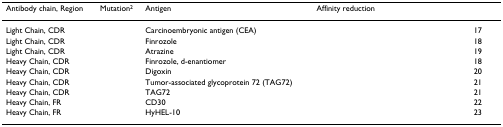
<table><thead><tr><td><b>Antibody chain, Region</b></td><td><b>Mutation<sup>2</sup></b></td><td><b>Antigen</b></td><td><b>Affinity reduction</b></td><td>[EMPTY_CELL]</td></tr></thead><tbody><tr><td>Light Chain, CDR</td><td>[EMPTY_CELL]</td><td>Carcinoembryonic antigen (CEA)</td><td>[EMPTY_CELL]</td><td>17</td></tr><tr><td>Light Chain, CDR</td><td>[EMPTY_CELL]</td><td>Finrozole</td><td>[EMPTY_CELL]</td><td>18</td></tr><tr><td>Light Chain, CDR</td><td>[EMPTY_CELL]</td><td>Atrazine</td><td>[EMPTY_CELL]</td><td>19</td></tr><tr><td>Heavy Chain, CDR</td><td>[EMPTY_CELL]</td><td>Finrozole, d-enantiomer</td><td>[EMPTY_CELL]</td><td>18</td></tr><tr><td>Heavy Chain, CDR</td><td>[EMPTY_CELL]</td><td>Digoxin</td><td>[EMPTY_CELL]</td><td>20</td></tr><tr><td>Heavy Chain, CDR</td><td>[EMPTY_CELL]</td><td>Tumor-associated glycoprotein 72 (TAG72)</td><td>[EMPTY_CELL]</td><td>21</td></tr><tr><td>Heavy Chain, CDR</td><td>[EMPTY_CELL]</td><td>TAG72</td><td>[EMPTY_CELL]</td><td>21</td></tr><tr><td>Heavy Chain, FR</td><td>[EMPTY_CELL]</td><td>CD30</td><td>[EMPTY_CELL]</td><td>22</td></tr><tr><td>Heavy Chain, FR</td><td>[EMPTY_CELL]</td><td>HyHEL-10</td><td>[EMPTY_CELL]</td><td>23</td></tr></tbody></table>